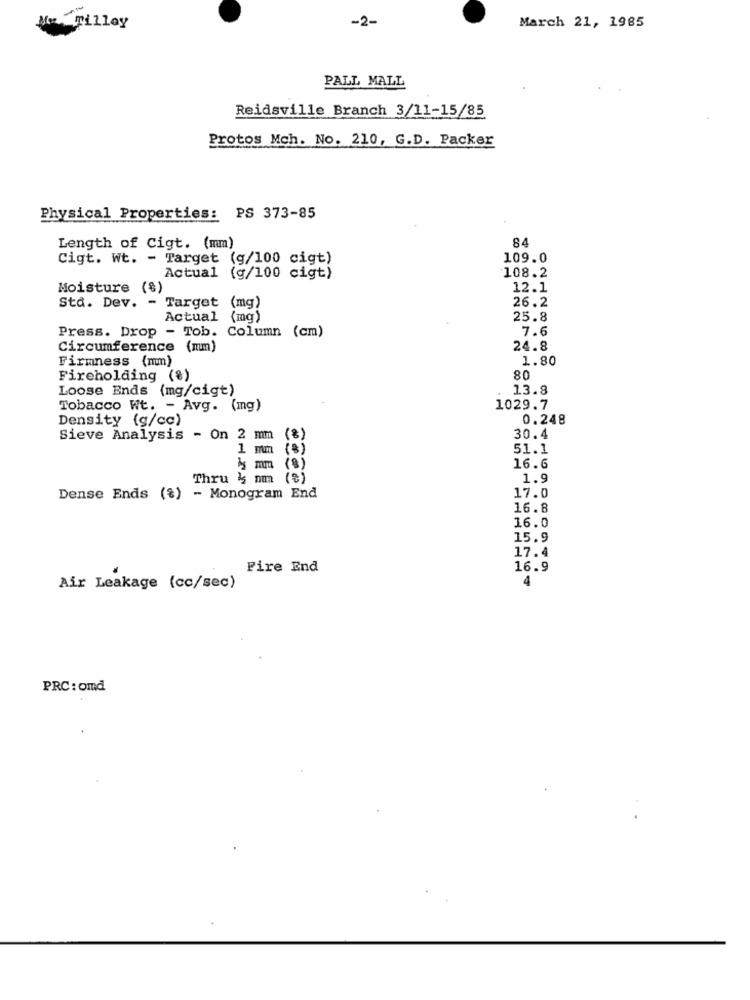
-2-
Tilloy
March 21, 1985
PALL MALL
Reidsville Branch 3/11-15/85
Protos Mch. No. 210, G.D. Packer
Physical Properties: PS 373-85
84
Length of Cigt. (mm)
Cigt. Wt. - Target (g/100 cigt)
109.0
Actual (g/100 cigt)
108.2
Moisture (%)
12.1
26.2
Std. Dev. - Target (mg)
Actual (mg)
25.8
Press. Drop - Tob. Column (cm)
7.6
Circumference (mm)
24.8
Firmness (mm)
1.80
Fireholding (%)
80
Loose Ends (mg/cigt)
13.8
Tobacco Wt. - Avg. (mg)
1029.7
Density (g/cc)
0.248
Sieve Analysis - On 2 mm (%)
30.4
1 mm (8)
51.1
bs mm (%)
16.6
Thru &5 nm (%)
1.9
17.0
Dense Ends (%) - Monogram End
16.8
16.0
15.9
17.4
Fire End
16.9
4
Air Leakage (cc/sec)
PRC : omd